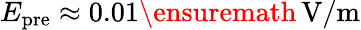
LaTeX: E_{\mathrm{pre}}\approx 0.01\ensuremath{\, \mathrm{V/m}}